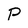
Character: P